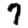
Digit: 7